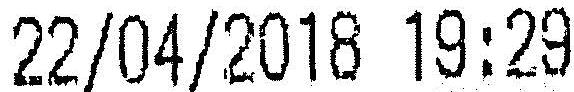
22/04/2018 19:29